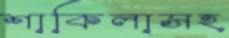
শাকিলাসহ